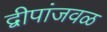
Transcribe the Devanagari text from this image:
द्वीपांजवळ